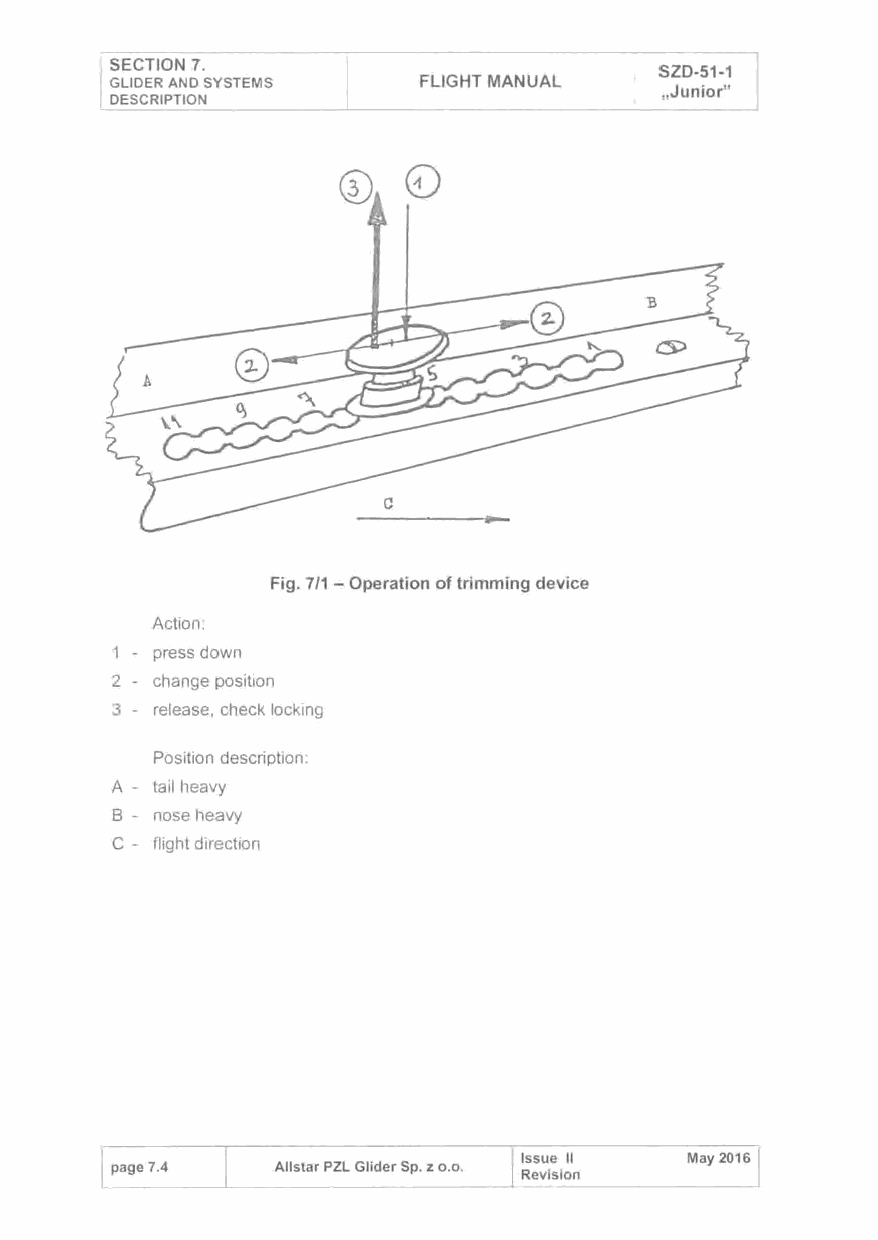
SECTION 7.
 SZD-51-1
 GLIDER AND SYSTEMS   FLIGHT MANUAL
 ,Junior"
 DESCRIPTION
 Fig. 7/1 -Operation of trimming device
 Action:
 1 - press down
 2 - change position
 3 - release, check locking
 Position description:
 A - tail heavy
 B - nose heavy
 C - flight direction
 Issue 11   May 2016
 page 7.4  Allstar PZL Glider Sp. z o.o.
 Revision